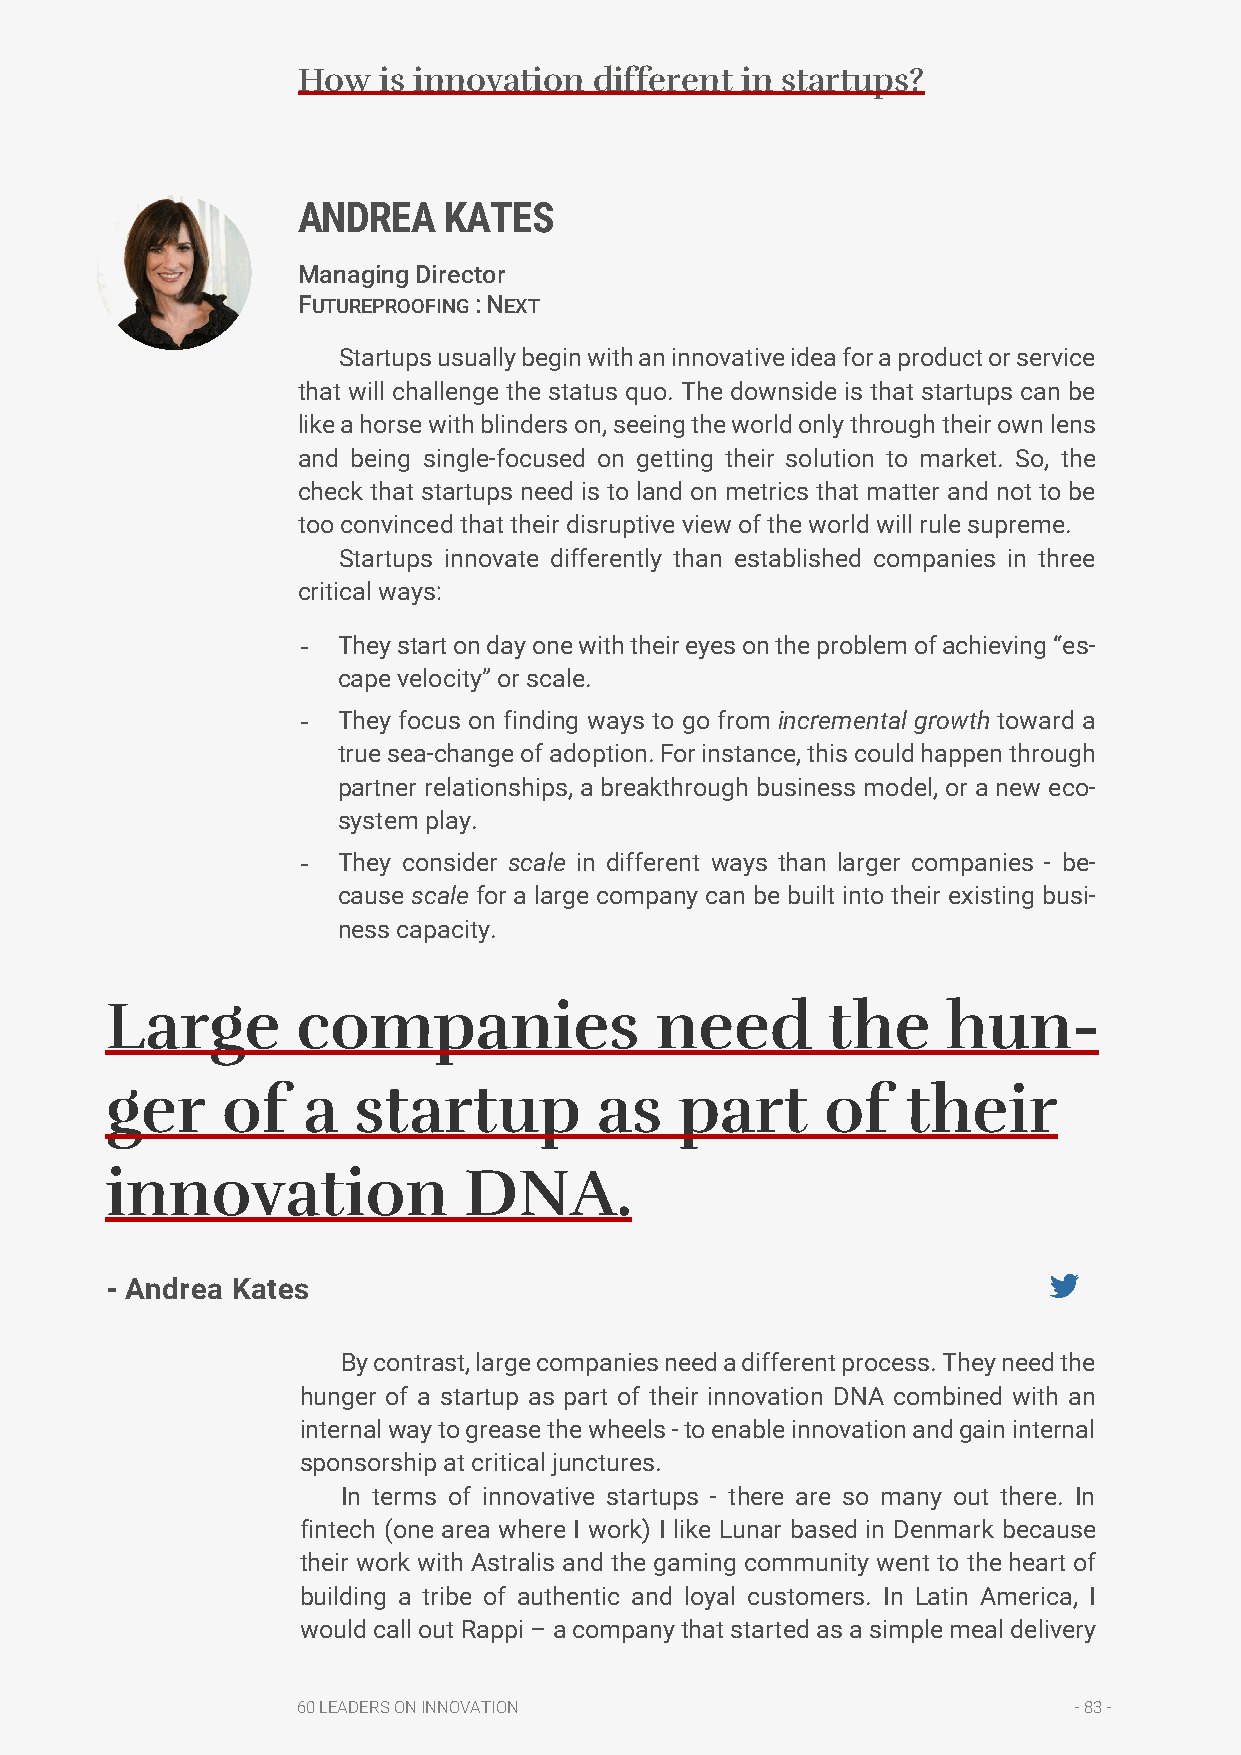
How  is innovation different in startups?
 ANDREA   KATES
 Managing Director
 FUTUREPROOFING : NEXT
 Startups usually begin with an innovative idea for a product or service
 that will challenge the status quo. The downside is that startups can be
 like a horse with blinders on, seeing the world only through their own lens
 and being single-focused on getting their solution to market. So, the
 check that startups need is to land on metrics that matter and not to be
 too convinced that their disruptive view of the world will rule supreme.
 Startups innovate differently than established companies in three
 critical ways:
 - They start on day one with their eyes on the problem of achieving “es-
 cape velocity” or scale.
 - They focus on finding ways to go from incremental growth toward a
 true sea-change of adoption. For instance, this could happen through
 partner relationships, a breakthrough business model, or a new eco-
 system play.
 - They consider scale in different ways than larger companies - be-
 cause scale for a large company can be built into their existing busi-
 ness capacity.
 Large        companies              need        the     hun-
 ger     of   a  startup          as   part      of   their
 innovation              DNA.
 - Andrea Kates
 By contrast, large companies need a different process. They need the
 hunger of a startup as part of their innovation DNA combined with an
 internal way to grease the wheels - to enable innovation and gain internal
 sponsorship at critical junctures.
 In terms of innovative startups - there are so many out there. In
 fintech (one area where I work) I like Lunar based in Denmark because
 their work with Astralis and the gaming community went to the heart of
 building a tribe of authentic and loyal customers. In Latin America, I
 would call out Rappi – a company that started as a simple meal delivery
 60 LEADERS ON INNOVATION                           - 83 -